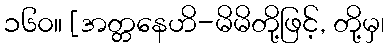
၁၆၀။ [အတ္တနေဟိ-မိမိတို့ဖြင့်, တို့မှ၊